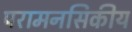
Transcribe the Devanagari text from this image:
परामनसिकीय